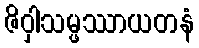
ဇိဝှါသမ္ဖဿာယတနံ